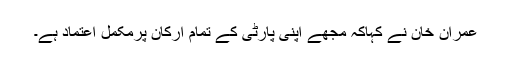
عمران خان نے کہاکہ مجھے اپنی پارٹی کے تمام ارکان پرمکمل اعتماد ہے۔